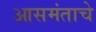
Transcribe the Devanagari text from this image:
आसमंताचे